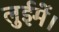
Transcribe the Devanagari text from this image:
लुईमें।